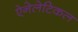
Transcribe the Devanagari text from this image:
ऐनेलेटिकल